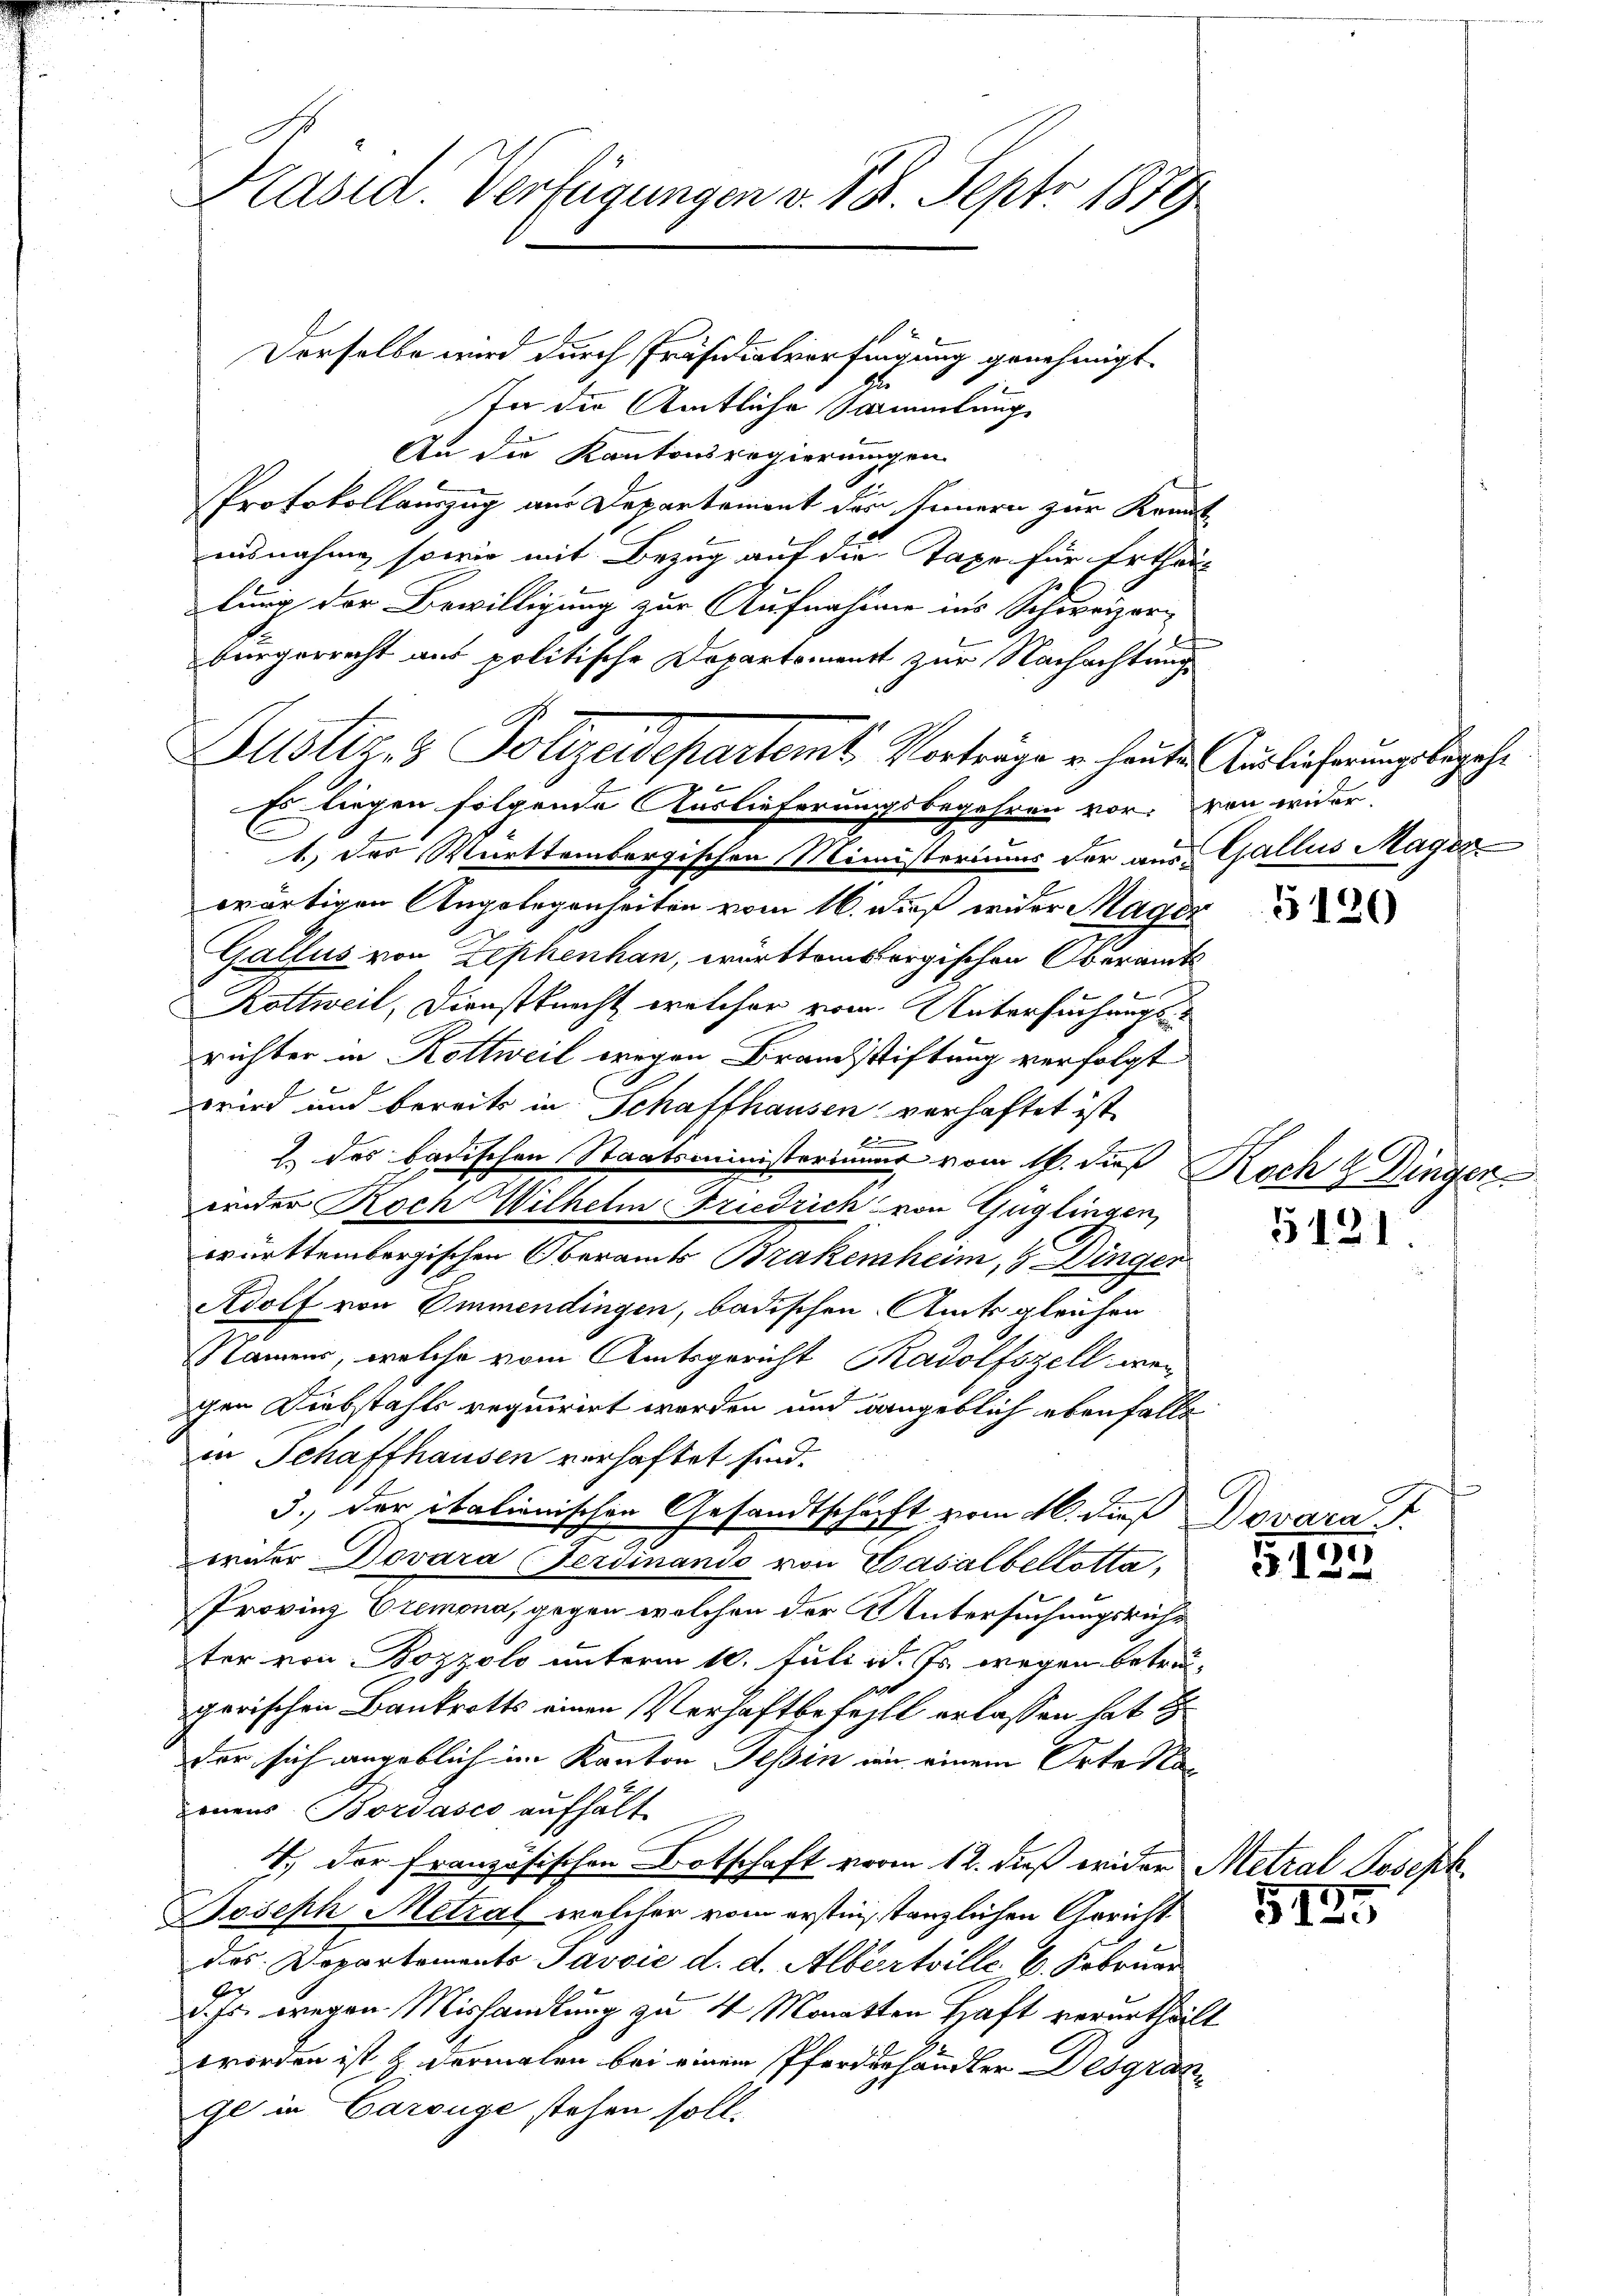
Präsid. Verfügungen v. 18. Septer 1889

Derselbe wird durch Präsidialverfügung genehmigt.
In die Amtliche Sammlung
An die Kantonsregierungen
Protokollauszug aus Departement des Innern zur Kenntausnahme, sowie mit Bezug auf die Taxe für Erthei-
lung der Bewilligung zur Aufnahme ins Schweizer-
bürgerrecht aus politische Departement zur Nachachtung
Es liegen folgende Auslieferungsbegehren vor: von wider
wärtigen Angelegenheiten vom 16. dieß wider Mage
Gallus von Zephenhan, württembergischen Oberamts
Kottweil, Dienstknecht, welcher vom Untersuchungs
richter in Rottweil wegen Brauchstiftung verfolgt
wird und bereits in Schaffhausen verhaftet ist,
2. des badischen Staatsministeriums vom 16. dieß Koch 4 Dingen
einder Koch Wilhelm Friedrich von Guglingen,
württembergischen Oberamts Brakemheim, 4 Dinger
Adolf von Emmendingen, badischen Amts gleichen
Namens, welche vom Amtsgericht Radolfszell, wen
gen Diebstahls requirirt werden und dangeblich ebenfalls
in Schaffhausen verhaftet sind.
3., der italienischen Gesandtschaft vom 16. dieß Dovara d
eroder Dovara Ferdinando von Vasalbellotta,
Provinz Cremona, gegen welchen der Untersuchungsruhe
ter von Bozzolo unterm 10. Juli d. Js. wegen betreu-
perischen Bankrotts einen Verhaftbefehlt erlassen hat H
der sich angeblich im Kanton Tessin in einem Orte Sta
onens Bordasco aufhält
7.) Der französischen Botschaft vorm 12. dieß wider Metzal Joseph
Joseph Metal, welcher vom erstinstanzlichen Gericht
des Dopartements Javvić d. d. Albertille 6. Februar
d. Js. wegen Mishandlung zu 4 Monatten Haft verurtheil.
worden ist & dermalen bei einem Pferderhändler Desgrange in Carouge stehen soll.

Altstiz- & Polizeidepartemt Vorträge u. heute Auslieferungsbegehe

1.) Das Württembergischen Ministeriums der aus Gallus Mager

.

5120

7

5121.

G122

5125